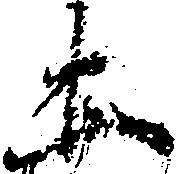
土